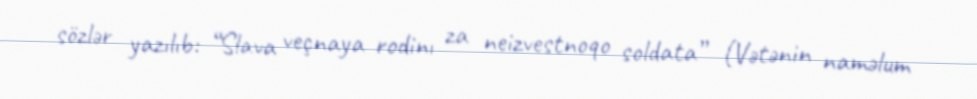
sözlər yazılıb: “Slava veçnaya rodinı za neizvestnoqo soldata” (Vətənin naməlum